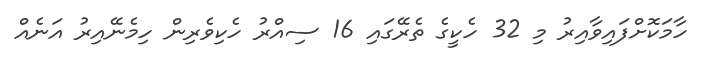
ހާމަކޮށްފައިވާއިރު މި 32 ހެކީގެ ތެރޭގައި 16 ސިއްރު ހެކިވެރިން ހިމެނޭއިރު އަނެއް